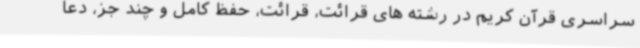
سراسری قرآن کریم در رشته های قرائت، قرائت، حفظ کامل و چند جز، دعا